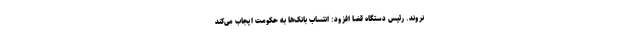
نروند. رئیس دستگاه قضا افزود: انتساب بانک‌ها به حکومت ایجاب می‌کند